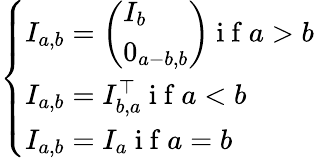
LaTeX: \left\{ \begin{array}{ll}{I_{a,b}=\left(\begin{array}{l}{I_{b}}\\ {0_{a-b,b}}\end{array}\right)\mathrm{~i~f~}a>b}\\ {I_{a,b}=I_{b,a}^{\top}\mathrm{~i~f~}a<b}\\ {I_{a,b}=I_{a}\mathrm{~i~f~}a=b}\end{array}\right.